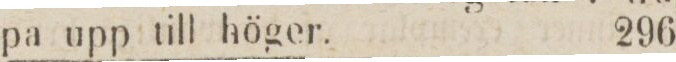
pa upp till höger.    296